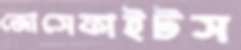
জোসেফাইটস